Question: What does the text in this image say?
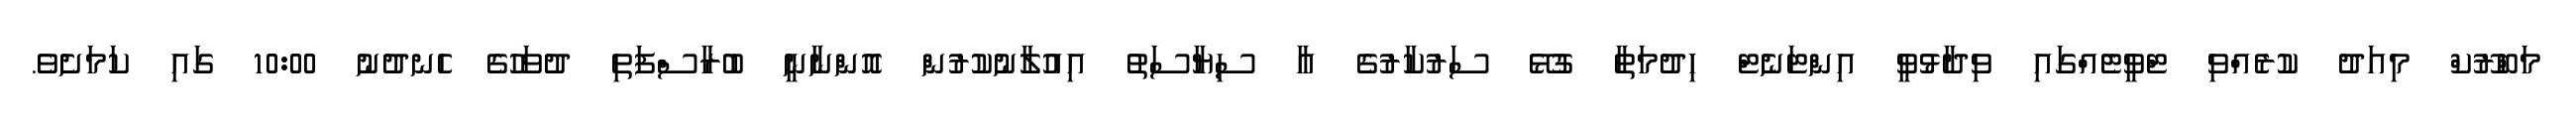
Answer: މަބްރޫކް މިއަދު ކުރެއްވި ޓްވީޓެއްގައި ވިދާޅުވީ އިންޓަނެޓް ހިދުމަތާ ގުޅޭ ސަރުކާރުގެ އާ ސިޔާސަތު އިއުލާނުކުރުން އޮންނާނީ ބުރާސްފަތި ދުވަހުގެ ހެނދުނު 10:00 ގައި ކަމަށެވެ.